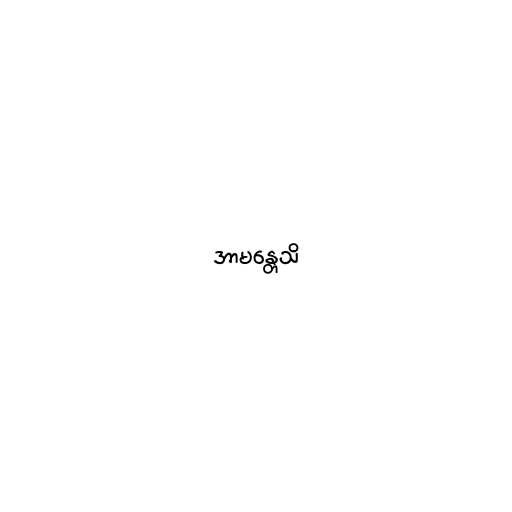
အာမန္တေသိ